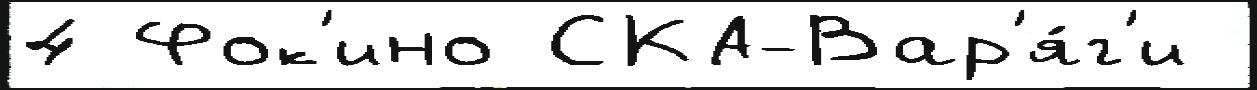
4 Фок'ино СКА-Вар'я́г'и